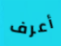
أعرف